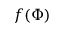
f ( \Phi )